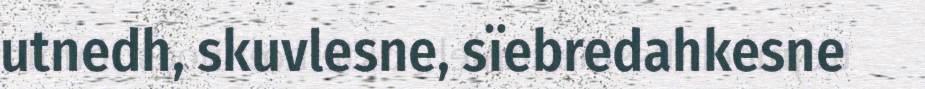
utnedh, skuvlesne, sïebredahkesne